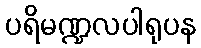
ပရိမဏ္ဍလပါရုပန